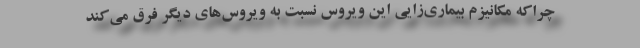
چراکه مکانیزم بیماری‌زایی این ویروس نسبت به ویروس‌های دیگر فرق می‌کند